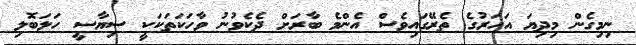
ނިމިގެން މިދިޔަ އަހަރުގެ ތެރޭގައިވެސް އެންމެ ބާރަށް ދެކެވުނު ވާހަަކަތަކަކީ ސިޔާސީ ހަލަބޮލި